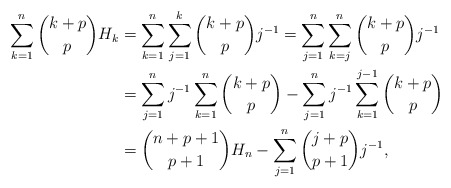
\begin{align*}\sum_{k=1}^{n} \binom{k+p}{p}H_k & = \sum_{k=1}^{n}\sum_{j=1}^{k} \binom{k+p}{p} j^{-1} =\sum_{j=1}^{n}\sum_{k=j}^{n} \binom{k+p}{p} j^{-1} \\& = \sum_{j=1}^{n} j^{-1} \sum_{k=1}^{n} \binom{k+p}{p} - \sum_{j=1}^{n} j^{-1}\sum_{k=1}^{j-1} \binom{k+p}{p} \\& = \binom{n+p+1}{p+1} H_n - \sum_{j=1}^{n} \binom{j+p}{p+1} j^{-1},\end{align*}